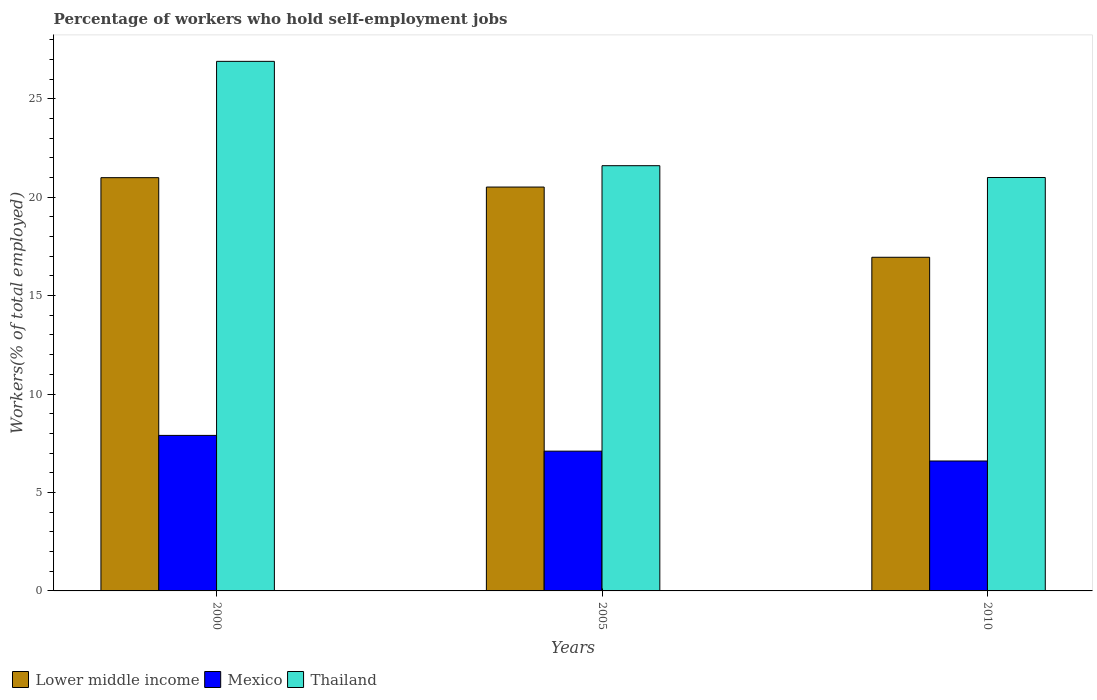
| Years | Lower middle income | Mexico | Thailand |
 | --- | --- | --- | --- |
 | 2000 | 21 | 7.9 | 26.9 |
 | 2005 | 20.5 | 7.1 | 21.6 |
 | 2010 | 16.9 | 6.6 | 21 |